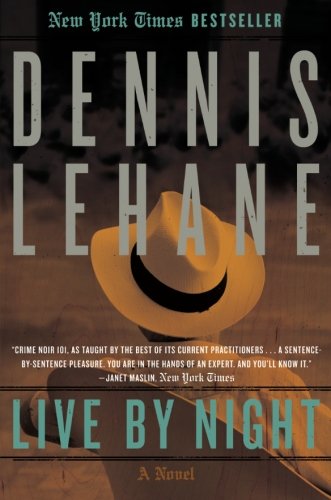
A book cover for Live by Night: A Novel (Joe Coughlin Series); Dennis Lehane; Mystery, Thriller & Suspense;